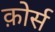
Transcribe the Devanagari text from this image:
क़ोर्स